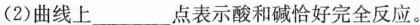
(2)曲线上___点表示酸和碱恰好完全反应。